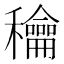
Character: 𥤉